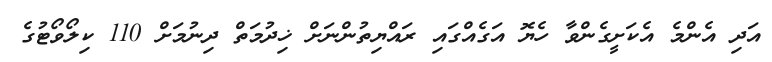
އަދި އެންމެ އެކަށީގެންވާ ހެޔޮ އަގެއްގައި ރައްޔިތުންނަށް ޚިދުމަތް ދިނުމަށް 110 ކިލޯވޯޓުގެ